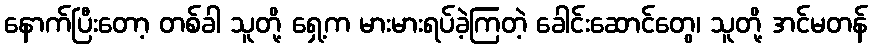
နောက်ပြီးတော့ တစ်ခါ သူတို့ ရှေ့က မားမားရပ်ခဲ့ကြတဲ့ ခေါင်းဆောင်တွေ၊ သူတို့ အင်မတန်